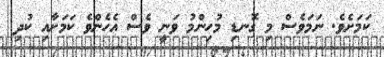
ކަމަށެވެ. ނަމަވެސް މި ގޮނޑި މުހިންމު ވަނީ ވެސް އެހެންވެ ކަމަށާއި ކުދި